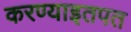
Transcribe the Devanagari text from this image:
करण्याइतपत